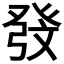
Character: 𱱷